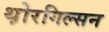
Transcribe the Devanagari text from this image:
थ़ोरगिल्सन